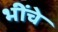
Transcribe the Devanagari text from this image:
भींचे